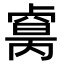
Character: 𠨈